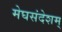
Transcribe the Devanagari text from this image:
मेघसंदेशम्